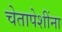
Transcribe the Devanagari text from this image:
चेतापेशींना